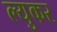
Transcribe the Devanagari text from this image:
ल्युकर